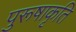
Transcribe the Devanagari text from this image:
पुरूषाकृति